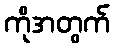
ကိုအတွက်